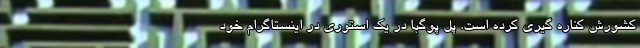
کشورش کناره گیری کرده است. پل پوگبا در یک استوری در اینستاگرام خود